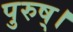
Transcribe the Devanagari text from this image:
पुरुष्।